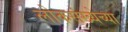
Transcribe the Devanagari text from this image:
लोकसंख्‍येच्‍या